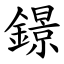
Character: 鐛